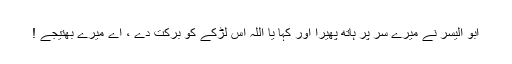
ابو الیسرؓ نے میرے سر پر ہاتھ پھیرا اور کہا یا اللہ اس لڑکے کو برکت دے ، اے میرے بھتیجے !